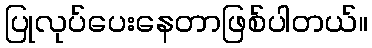
ပြုလုပ်ပေးနေတာဖြစ်ပါတယ်။